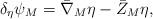
LaTeX: \begin{align*}\delta_{\eta}\psi_{M}={\bar{\nabla}}_{M}\eta-{\bar{Z}}_{M}\eta ,\end{align*}